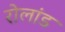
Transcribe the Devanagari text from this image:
रोलांड